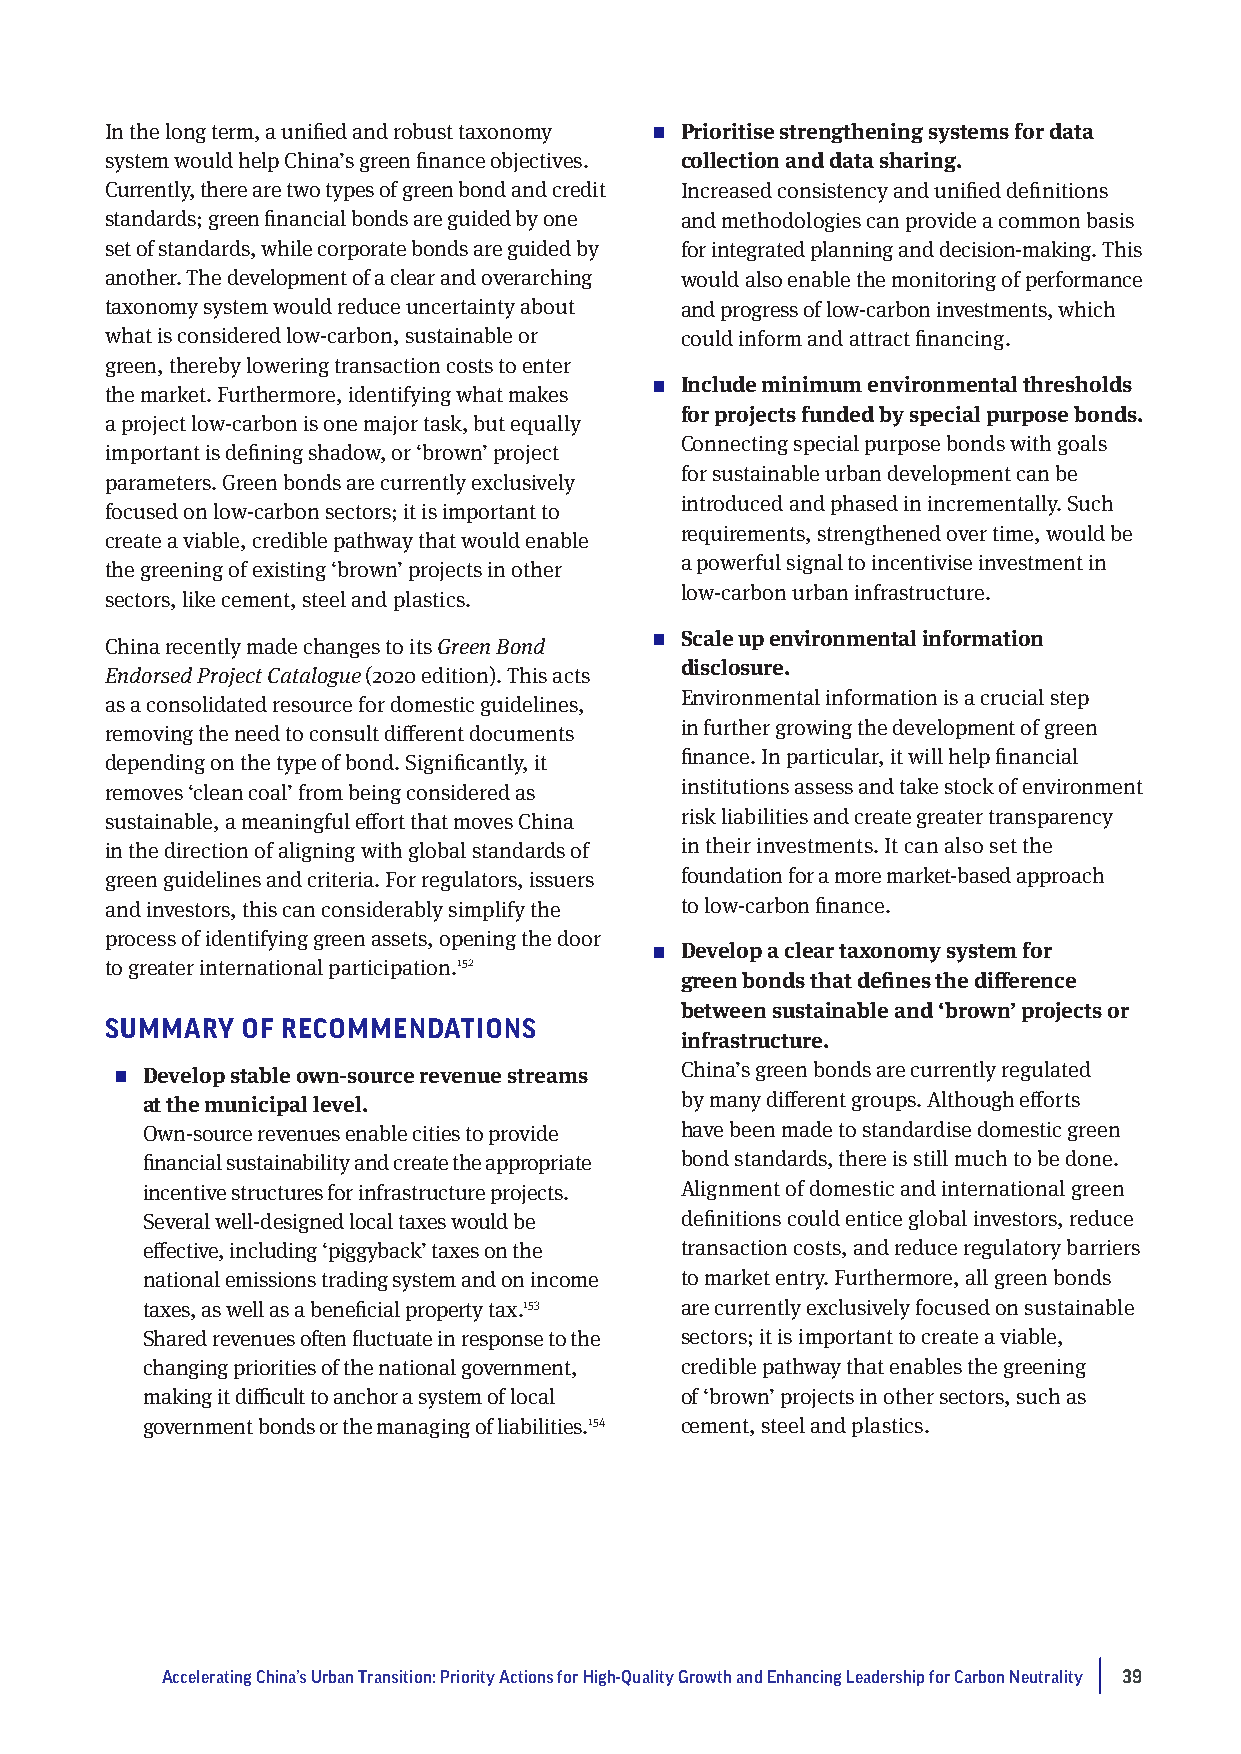
In the long term, a unified and robust taxonomy  Prioritise strengthening systems for data
 system would help China’s green finance objectives. collection and data sharing.
 Currently, there are two types of green bond and credit Increased consistency and unified definitions
 standards; green financial bonds are guided by one and methodologies can provide a common basis
 set of standards, while corporate bonds are guided by for integrated planning and decision-making. This
 another. The development of a clear and overarching would also enable the monitoring of performance
 taxonomy system would reduce uncertainty about and progress of low-carbon investments, which
 what is considered low-carbon, sustainable or could inform and attract financing.
 green, thereby lowering transaction costs to enter
  Include minimum environmental thresholds
 the market. Furthermore, identifying what makes
 for projects funded by special purpose bonds.
 a project low-carbon is one major task, but equally
 Connecting special purpose bonds with goals
 important is defining shadow, or ‘brown’ project
 for sustainable urban development can be
 parameters. Green bonds are currently exclusively
 introduced and phased in incrementally. Such
 focused on low-carbon sectors; it is important to
 requirements, strengthened over time, would be
 create a viable, credible pathway that would enable
 a powerful signal to incentivise investment in
 the greening of existing ‘brown’ projects in other
 low-carbon urban infrastructure.
 sectors, like cement, steel and plastics.
 China recently made changes to its Green Bond  Scale up environmental information
 disclosure.
 Endorsed Project Catalogue (2020 edition). This acts
 Environmental information is a crucial step
 as a consolidated resource for domestic guidelines,
 in further growing the development of green
 removing the need to consult different documents
 depending on the type of bond. Significantly, it finance. In particular, it will help financial
 removes ‘clean coal’ from being considered as institutions assess and take stock of environment
 sustainable, a meaningful effort that moves China risk liabilities and create greater transparency
 in the direction of aligning with global standards of in their investments. It can also set the
 green guidelines and criteria. For regulators, issuers foundation for a more market-based approach
 and investors, this can considerably simplify the to low-carbon finance.
 process of identifying green assets, opening the door
  Develop a clear taxonomy system for
 to greater international participation.152
 green bonds that defines the difference
 between sustainable and ‘brown’ projects or
 SUMMARY  OF RECOMMENDATIONS
 infrastructure.
  Develop stable own-source revenue streams China’s green bonds are currently regulated
 at the municipal level.             by many different groups. Although efforts
 Own-source revenues enable cities to provide have been made to standardise domestic green
 financial sustainability and create the appropriate bond standards, there is still much to be done.
 incentive structures for infrastructure projects. Alignment of domestic and international green
 Several well-designed local taxes would be definitions could entice global investors, reduce
 effective, including ‘piggyback’ taxes on the transaction costs, and reduce regulatory barriers
 national emissions trading system and on income to market entry. Furthermore, all green bonds
 taxes, as well as a beneficial property tax.153 are currently exclusively focused on sustainable
 Shared revenues often fluctuate in response to the sectors; it is important to create a viable,
 changing priorities of the national government, credible pathway that enables the greening
 making it difficult to anchor a system of local of ‘brown’ projects in other sectors, such as
 government bonds or the managing of liabilities.154 cement, steel and plastics.
 Accelerating China’s Urban Transition: Priority Actions for High-Quality Growth and Enhancing Leadership for Carbon Neutrality 39